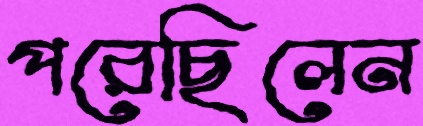
পরেছিলেন